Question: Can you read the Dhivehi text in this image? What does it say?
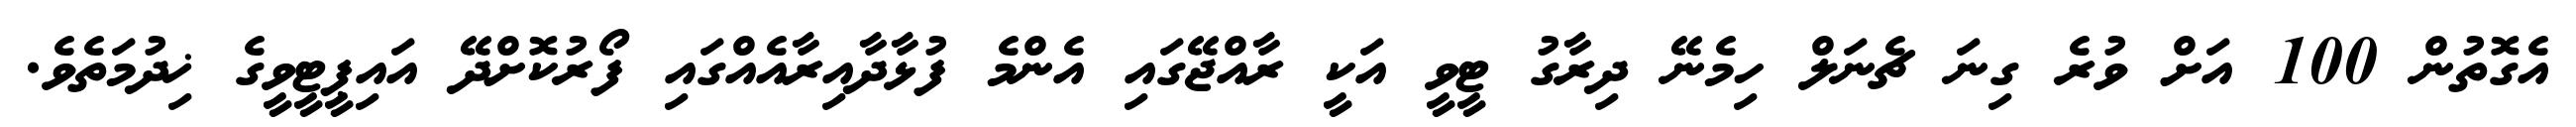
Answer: އެގޮތުން 100 އަށް ވުރެ ގިނަ ޗެނަލް ހިމެނޭ ދިރާގު ޓީވީ އަކީ ރާއްޖޭގައި އެންމެ ފުޅާދާއިރާއެއްގައި ފޯރުކޮށްދޭ އައިޕީޓީވީގެ ޚިދުމަތެވެ.